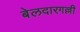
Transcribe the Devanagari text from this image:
बेलदारगल्ली